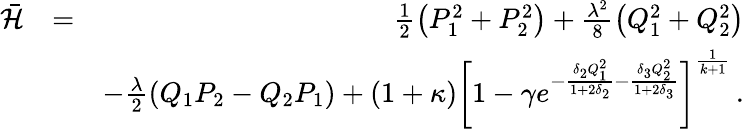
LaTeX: \begin{array}{rlr}{\bar{{\mathcal{H}}}}&{=}&{\frac{1}{2}\left(P_{1}^{2}+P_{2}^{2}\right)+\frac{\lambda^{2}}{8}\left(Q_{1}^{2}+Q_{2}^{2}\right)}\\ &{}&{-\frac{\lambda}{2}\left(Q_{1}P_{2}-Q_{2}P_{1}\right)+(1+\kappa)\left[1-\gamma e^{-\frac{\delta_{2}Q_{1}^{2}}{1+2\delta_{2}}-\frac{\delta_{3}Q_{2}^{2}}{1+2\delta_{3}}}\right]^{\frac{1}{k+1}}\, .}\end{array}